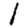
Digit: 1